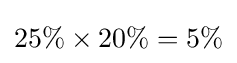
25\%\times 20\%=5\%